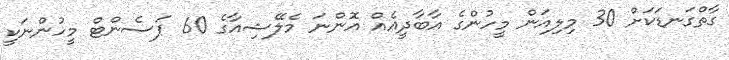
ގާތްގަނޑަކަށް 30 މިލިއަން މީހުންގެ އާބާދީއެއް އޮންނަ މެލޭޝިއާގެ 60 ޕަސެންޓް މީހުންނަކީ